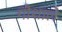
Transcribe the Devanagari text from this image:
गौशाले